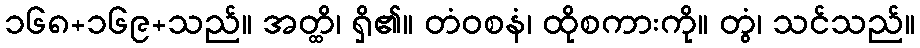
၁၆၈+၁၆၉+သည်။ အတ္ထိ၊ ရှိ၏။ တံဝစနံ၊ ထိုစကားကို။ တွံ၊ သင်သည်။